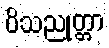
ဝိသညုတ္တာ